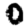
Digit: 0